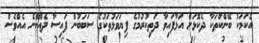
އެކަމަކު ބޭންކްތަކާ ދެކޮޅަށް އަޅާފައިވާ ދަތިކުރުމުގެ ފިޔަވަޅުތަކުގެ ސަބަބުން ފައިސާ ދެއްކޭނެ އެއްވެސް